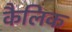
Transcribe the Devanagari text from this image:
कैलिक